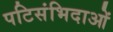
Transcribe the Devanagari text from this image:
पटिसंभिदाओं